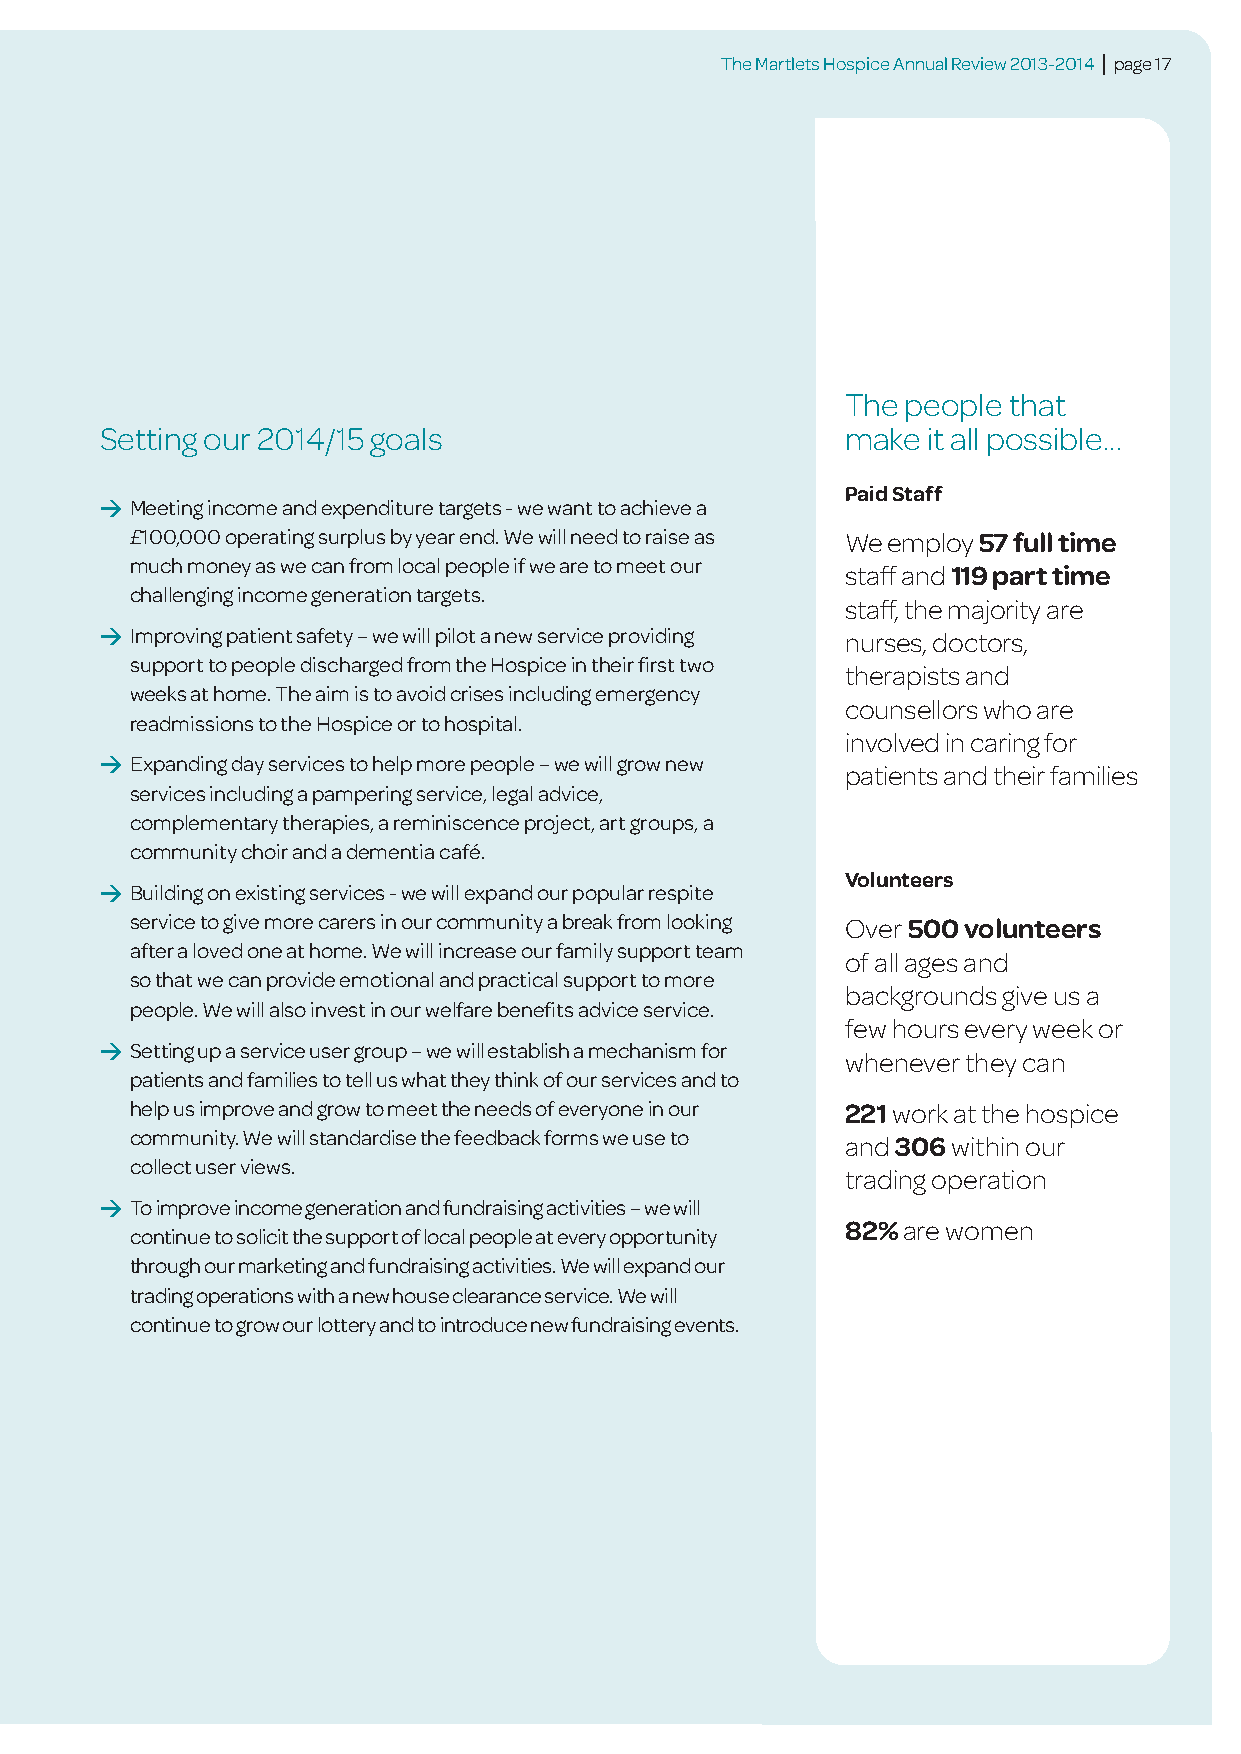
The Martlets Hospice Annual Review 2013-2014 | page 17
 The people that
 Setting our 2014/15 goals                        make it all possible...
 Paid Staff
 > Meeting income and expenditure targets - we want to achieve a
 £100,000 operating surplus by year end. We will need to raise as We employ 57 full time
 much money as we can from local people if we are to meet our
 staff and 119 part time
 challenging income generation targets.
 staff, the majority are
 > Improving patient safety – we will pilot a new service providing nurses, doctors,
 support to people discharged from the Hospice in their first two
 therapists and
 weeks at home. The aim is to avoid crises including emergency
 counsellors who are
 readmissions to the Hospice or to hospital.
 involved in caring for
 > Expanding day services to help more people – we will grow new
 patients and their families
 services including a pampering service, legal advice,
 complementary therapies, a reminiscence project, art groups, a
 community choir and a dementia café.
 Volunteers
 > Building on existing services - we will expand our popular respite
 service to give more carers in our community a break from looking Over 500 volunteers
 after a loved one at home. We will increase our family support team
 of all ages and
 so that we can provide emotional and practical support to more
 backgrounds give us a
 people. We will also invest in our welfare benefits advice service.
 few hours every week or
 > Setting up a service user group – we will establish a mechanism for
 whenever they can
 patients and families to tell us what they think of our services and to
 help us improve and grow to meet the needs of everyone in our 221work at the hospice
 community. We will standardise the feedback forms we use to and 306within our
 collect user views.
 trading operation
 > To improve income generation and fundraising activities – we will
 82%are women
 continue to solicit the support of local people at every opportunity
 through our marketing and fundraising activities. We will expand our
 trading operations with a new house clearance service. We will
 continue to grow our lottery and to introduce new fundraising events.